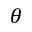
\theta